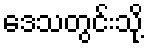
ဒေသတွင်းသို့